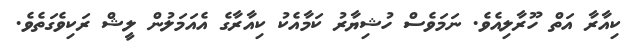
ކިއާރާ އަތް ހޫރާލިއެވެ. ނަމަވެސް ހުޝިޔާރު ކަމާއެކު ކިއާރާގެ އެއަމަލުން ލީޝް ރަކިވެގަތެވެ.